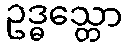
ဥဒ္ဓသ္တော